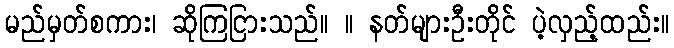
မည်မှတ်စကား၊ ဆိုကြငြားသည်။ ။ နတ်များဦးတိုင် ပဲ့လှည့်ထည်း။